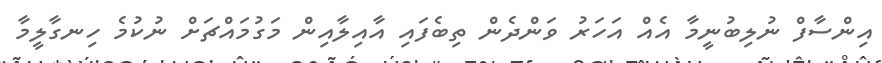
އިންސާފް ނުލިބުނީމާ އެއް އަހަރު ވަންދެން ތިބެފައި އާއިލާއިން މަގުމައްޗަށް ނުކުމެ ހިނގާލީމާ